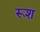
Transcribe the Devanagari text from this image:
रूश